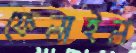
ফেলাইল